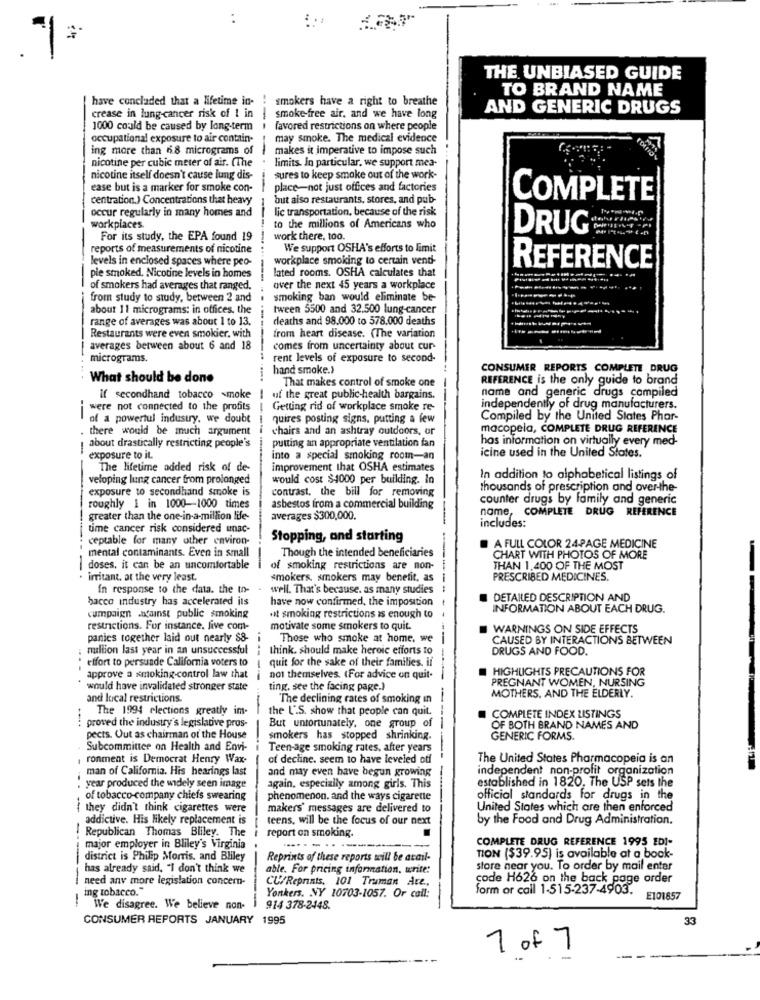
..
THE UNBIASED GUIDE
TO BRAND NAME
have concluded that a lifetime in-
! smokers have a right to breathe
crease in lung cancer risk of ! in
AND GENERIC DRUGS
---
smoke-free air, and we have long
1000 could be caused by long-term
favored restrictions on where people
occupational exposure to air contain-
may smoke. The medical evidence
ing more than 6.8 micrograms of
makes it imperative to impose such
nicotine per cubic meter of air. (The
limits. In particular, we support mea-
nicotine itself doesn't cause lung dis-
sures to keep smoke out of the work-
ease but is a marker for smoke con-
place-not just offices and factories
centration.) Concentrations that heavy
but also restaurants, stores, and pub-
COMPLETE
occur regularly in many homes and
lic transportation, because of the risk
workplaces
to the millions of Americans who
DRUG
For its study, the EPA found 19
work there, too.
reports of measurements of nicotine
We support OSHA's efforts to limit
levels in enclosed spaces where peo-
workplace smoking to certain vendi-
REFERENCE
ple smoked, Nicotine levels in homes
lated rooms. OSHA calculates that
of smokers had averages that ranged.
over the next 45 years a workplace
from study to study, between 2 and
smoking ban would eliminate be-
about 11 micrograms: in offices, the
tween 5500 and 32.500 lung-cancer
range of averages was about 1 to 13.
deaths and 98.000 to 578.000 deaths
Restaurants were even smokier. with
from heart disease. (The variation
averages between about 6 and 18
comes from uncertainty about cur-
micrograms.
... .
rent levels of exposure to second-
hand smoke.)
CONSUMER REPORTS COMPLETE DRUG
What should be done
That makes control of smoke one
REFERENCE is the only guide to brand
name and generic drugs compiled
if secondhand tobacco smoke | uf the great public health bargains.
were not connected to the profits
Getting rid of workplace smoke re-
independently of drug manufacturers.
of a powerful industry, we doubt
-
---
quires posting signs, putting a few
Compiled by the United States Phar-
there would be much argument
chairs and an ashtray outdoors, or
macopela, COMPLETE DRUG REFERENCE
has information on virtually every med-
about drastically restricting people's
putting an appropriate ventilation fan
exposure to it.
into a special smoking room-an
icine used in the United States.
---
The lifetime added risk of de-
improvement that OSHA estimates
veloping lung cancer from prolonged
would cost $4000 per building. In
In addition to alphabetical listings of
exposure to secondhand smoke is
contrast, the bill for removing
thousands of prescription and over-the-
counter drugs by family and generic
roughly 1 in 1000-1000 times
asbestos from a commercial building
name, COMPLETE DRUG REFERENCE
greater than the one-in-a-million life-
averages $300,000.
time cancer risk considered unac-
includes:
ceptable for many other environ-
Stopping, and starting
A FULL COLOR 24-PAGE MEDICINE
Though the intended beneficiaries
mental contaminants. Even in small
CHART WITH PHOTOS OF MORE
doses, it can be an uncomfortable
of smoking restrictions are non-
THAN 1,400 OF THE MOST
irritant, at the very least.
smokers, smokers may benefit, as
--
PRESCRIBED MEDICINES.
in response to the data. the to-
well. That's because. as many studies
bacco industry has accelerated its
have now confirmed, the imposition
DETAILED DESCRIPTION AND
campaign against public smoking
INFORMATION ABOUT EACH DRUG.
at smoking restrictions is enough to
restrictions. For instance, five com-
motivate some smokers to quit.
WARNINGS ON SIDE EFFECTS
panies together laid out nearly $8-
Those who smoke at home. we
CAUSED BY INTERACTIONS BETWEEN
nuliion last year in an unsuccessful
think. should make heroic efforts to
DRUGS AND FOOD.
effort to persuade California voters to
quit for the sake of their families. if
HIGHLIGHTS PRECAUTIONS FOR
approve a smoking-control law that
not themselves. (For advice on quit-
PREGNANT WOMEN, NURSING
would have invalidated stronger state
ting. see the facing page.)
MOTHERS, AND THE ELDERLY.
and local restrictions.
The declining rates of smoking in
The 1994 elections greatly im-
the L'.S. show that people can quit.
proved the industry's legislative pros-
COMPLETE INDEX LISTINGS
But unfortunately, one group of
OF BOTH BRAND NAMES AND
pects. Out as chairman of the House
smokers has stopped shrinking.
GENERIC FORMS.
Subcommittee on Health and Envi-
Teen-age smoking rates, after years
ronment is Democrat Henry Wax-
of decline. seem to have leveled off
The United States Pharmacopeia is an
man of California. His hearings last
and may even have begun growing
independent non-profit organization
established in 1820. The USP sets the
year produced the widely seen image
again, especially among girls. This
of tobacco-company chiefs swearing
phenomenon. and the ways cigarette
official standards for drugs in the
{ they didn't think cigarettes were
makers' messages are delivered to
United States which are then enforced
addictive. His likely replacement is
teens, will be the focus of our next
by the Food and Drug Administration.
! Republican Thomas Bliley. The i report on smoking.
COMPLETE DRUG REFERENCE 1995 EDI-
major employer in Bliley's Virginia
district is Philip Morris, and Bliley
---
Reprints of these reports will be avail-
TION ($39.95) is available at a book-
has already said, "I don't think we
able. For pricing information, write:
store near you. To order by mail enter
-
need any more legislation concern-
CU/Reprints, 101 Truman Ave .,
code H626 on the back page order
form or call 1-515-237-4903.
-
ing tobacco."
Yonkers. NY 10703-1057. Or call:
E101857
We disagree. We believe non-
914 378-2448.
CONSUMER REPORTS JANUARY 1995
33
7 of 7